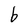
Character: b